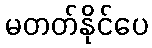
မတတ်နိုင်ပေ